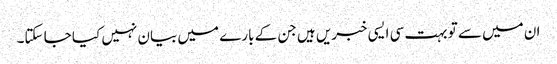
ان میں سے تو بہت سی ایسی خبریں ہیں جن کے بارے میں بیان نہیں کیا جا سکتا۔